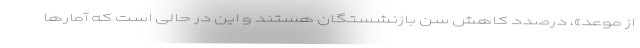
از موعد»، درصدد کاهش سن بازنشستگان هستند و این در حالی است که آمارها